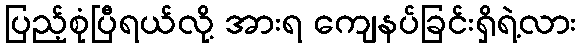
ပြည့်စုံပြီရယ်လို့ အားရ ကျေနပ်ခြင်းရှိရဲ့လား